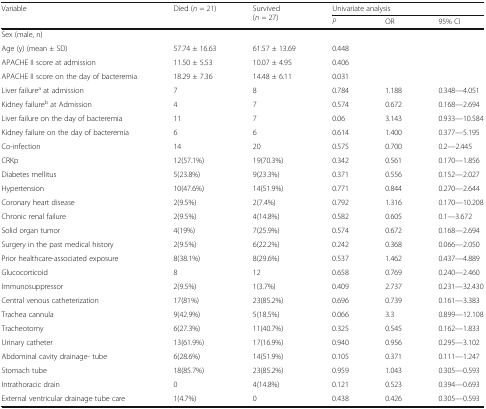
<table><thead><tr><td rowspan="2"><b>Variable</b></td><td rowspan="2"><b>Died (<i>n</i> = 21)</b></td><td rowspan="2"><b>Survived (<i>n</i> = 27)</b></td><td colspan="3"><b>Univariate analysis</b></td></tr><tr><td><b><i>P</i></b></td><td><b>OR</b></td><td><b>95% CI</b></td></tr></thead><tbody><tr><td colspan="6">Sex (male, n)</td></tr><tr><td>Age (y) (mean ± SD)</td><td>57.74 ± 16.63</td><td>61.57 ± 13.69</td><td>0.448</td><td>[EMPTY_CELL]</td><td>[EMPTY_CELL]</td></tr><tr><td>APACHE II score at admission</td><td>11.50 ± 5.53</td><td>10.07 ± 4.95</td><td>0.406</td><td>[EMPTY_CELL]</td><td>[EMPTY_CELL]</td></tr><tr><td>APACHE II score on the day of bacteremia</td><td>18.29 ± 7.36</td><td>14.48 ± 6.11</td><td>0.031</td><td>[EMPTY_CELL]</td><td>[EMPTY_CELL]</td></tr><tr><td>Liver failure<sup>a</sup> at admission</td><td>7</td><td>8</td><td>0.784</td><td>1.188</td><td>0.348—4.051</td></tr><tr><td>Kidney failure<sup>b</sup> at Admission</td><td>4</td><td>7</td><td>0.574</td><td>0.672</td><td>0.168—2.694</td></tr><tr><td>Liver failure on the day of bacteremia</td><td>11</td><td>7</td><td>0.06</td><td>3.143</td><td>0.933—10.584</td></tr><tr><td>Kidney failure on the day of bacteremia</td><td>6</td><td>6</td><td>0.614</td><td>1.400</td><td>0.377—5.195</td></tr><tr><td>Co-infection</td><td>14</td><td>20</td><td>0.575</td><td>0.700</td><td>0.2—2.445</td></tr><tr><td>CRKp</td><td>12(57.1%)</td><td>19(70.3%)</td><td>0.342</td><td>0.561</td><td>0.170—1.856</td></tr><tr><td>Diabetes mellitus</td><td>5(23.8%)</td><td>9(23.3%)</td><td>0.371</td><td>0.556</td><td>0.152—2.027</td></tr><tr><td>Hypertension</td><td>10(47.6%)</td><td>14(51.9%)</td><td>0.771</td><td>0.844</td><td>0.270—2.644</td></tr><tr><td>Coronary heart disease</td><td>2(9.5%)</td><td>2(7.4%)</td><td>0.792</td><td>1.316</td><td>0.170—10.208</td></tr><tr><td>Chronic renal failure</td><td>2(9.5%)</td><td>4(14.8%)</td><td>0.582</td><td>0.605</td><td>0.1—3.672</td></tr><tr><td>Solid organ tumor</td><td>4(19%)</td><td>7(25.9%)</td><td>0.574</td><td>0.672</td><td>0.168—2.694</td></tr><tr><td>Surgery in the past medical history</td><td>2(9.5%)</td><td>6(22.2%)</td><td>0.242</td><td>0.368</td><td>0.066—2.050</td></tr><tr><td>Prior healthcare-associated exposure</td><td>8(38.1%)</td><td>8(29.6%)</td><td>0.537</td><td>1.462</td><td>0.437—4.889</td></tr><tr><td>Glucocorticoid</td><td>8</td><td>12</td><td>0.658</td><td>0.769</td><td>0.240—2.460</td></tr><tr><td>Immunosuppressor</td><td>2(9.5%)</td><td>1(3.7%)</td><td>0.409</td><td>2.737</td><td>0.231—32.430</td></tr><tr><td>Central venous catheterization</td><td>17(81%)</td><td>23(85.2%)</td><td>0.696</td><td>0.739</td><td>0.161—3.383</td></tr><tr><td>Trachea cannula</td><td>9(42.9%)</td><td>5(18.5%)</td><td>0.066</td><td>3.3</td><td>0.899—12.108</td></tr><tr><td>Tracheotomy</td><td>6(27.3%)</td><td>11(40.7%)</td><td>0.325</td><td>0.545</td><td>0.162—1.833</td></tr><tr><td>Urinary catheter</td><td>13(61.9%)</td><td>17(16.9%)</td><td>0.940</td><td>0.956</td><td>0.295—3.102</td></tr><tr><td>Abdominal cavity drainage- tube</td><td>6(28.6%)</td><td>14(51.9%)</td><td>0.105</td><td>0.371</td><td>0.111—1.247</td></tr><tr><td>Stomach tube</td><td>18(85.7%)</td><td>23(85.2%)</td><td>0.959</td><td>1.043</td><td>0.305—0.593</td></tr><tr><td>Intrathoracic drain</td><td>0</td><td>4(14.8%)</td><td>0.121</td><td>0.523</td><td>0.394—0.693</td></tr><tr><td>External ventricular drainage tube care</td><td>1(4.7%)</td><td>0</td><td>0.438</td><td>0.426</td><td>0.305—0.593</td></tr></tbody></table>